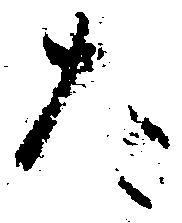
た